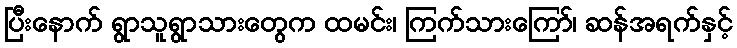
ပြီးနောက် ရွာသူရွာသားတွေက ထမင်း၊ ကြက်သားကြော်၊ ဆန်အရက်နှင့်